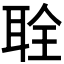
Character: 𫆂